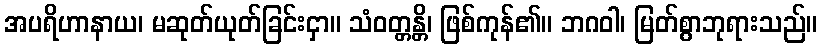
အပရိဟာနာယ၊ မဆုတ်ယုတ်ခြင်းငှာ။ သံဝတ္တန္တိ၊ ဖြစ်ကုန်၏။ ဘဂဝါ၊ မြတ်စွာဘုရားသည်။